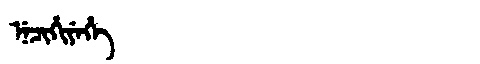
Manchu: ᠨᡝᠴᡳᡥᡳᠶᡝᡥᡝ
Romanization: NECIHIYEHE